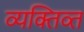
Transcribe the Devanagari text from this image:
व्यक्तिव्त